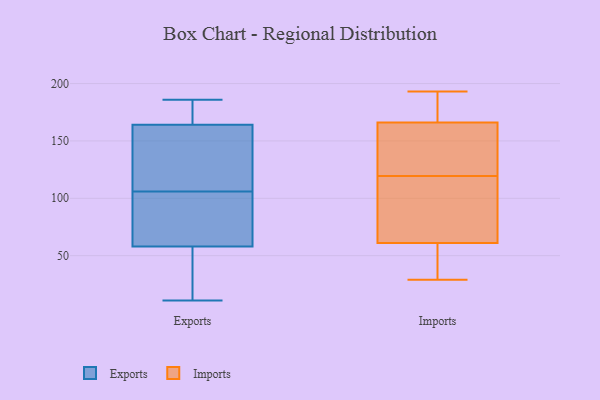
{"axis": {"x": "Energy Usage (MWh)", "y": "Value"}, "legend": ["Exports", "Imports"], "data": [{"x": "", "y": 148, "type": "Exports"}, {"x": "", "y": 70, "type": "Exports"}, {"x": "", "y": 185, "type": "Exports"}, {"x": "", "y": 100, "type": "Exports"}, {"x": "", "y": 63, "type": "Exports"}, {"x": "", "y": 169, "type": "Exports"}, {"x": "", "y": 112, "type": "Exports"}, {"x": "", "y": 24, "type": "Exports"}, {"x": "", "y": 164, "type": "Exports"}, {"x": "", "y": 131, "type": "Exports"}, {"x": "", "y": 68, "type": "Exports"}, {"x": "", "y": 11, "type": "Exports"}, {"x": "", "y": 58, "type": "Exports"}, {"x": "", "y": 186, "type": "Exports"}, {"x": "", "y": 165, "type": "Exports"}, {"x": "", "y": 27, "type": "Exports"}, {"x": "", "y": 164, "type": "Exports"}, {"x": "", "y": 37, "type": "Exports"}, {"x": "", "y": 84, "type": "Imports"}, {"x": "", "y": 145, "type": "Imports"}, {"x": "", "y": 177, "type": "Imports"}, {"x": "", "y": 172, "type": "Imports"}, {"x": "", "y": 44, "type": "Imports"}, {"x": "", "y": 117, "type": "Imports"}, {"x": "", "y": 151, "type": "Imports"}, {"x": "", "y": 35, "type": "Imports"}, {"x": "", "y": 29, "type": "Imports"}, {"x": "", "y": 99, "type": "Imports"}, {"x": "", "y": 39, "type": "Imports"}, {"x": "", "y": 183, "type": "Imports"}, {"x": "", "y": 91, "type": "Imports"}, {"x": "", "y": 122, "type": "Imports"}, {"x": "", "y": 148, "type": "Imports"}, {"x": "", "y": 61, "type": "Imports"}, {"x": "", "y": 166, "type": "Imports"}, {"x": "", "y": 193, "type": "Imports"}]}